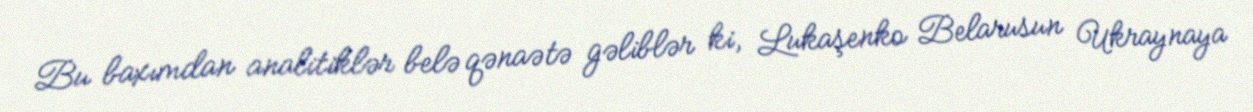
Bu baxımdan analitiklər belə qənaətə gəliblər ki, Lukaşenko Belarusun Ukraynaya